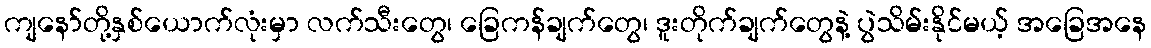
ကျနော်တို့နှစ်ယောက်လုံးမှာ လက်သီးတွေ၊ ခြေကန်ချက်တွေ၊ ဒူးတိုက်ချက်တွေနဲ့ ပွဲသိမ်းနိုင်မယ့် အခြေအနေ